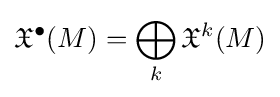
{\mathfrak {X}}^{\bullet }(M)=\bigoplus _{k}{\mathfrak {X}}^{k}(M)